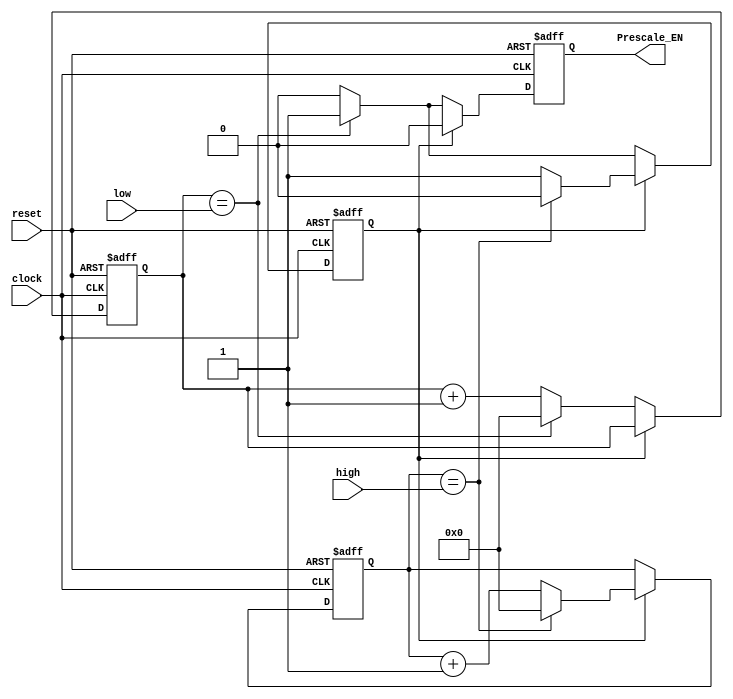
////////////////////////////////////////////////////////////////////////////////////////////////////
//
// Interessengruppe fuer Mikroelektronik und Eingebettete Systeme (IMES)
// Fachhochschule Dortmund
//
// Tool         : Mentor Graphics HDL Designer(TM) 2015.1b (Build 4)
// Description  : Der Prescaler teilt den 10 MHz Eingangstakt herunter
// Commentary   : DW 2005.06.21 Prescale Enable eingefgt 
//                DW 2005.06.26 Prescale Enable korrigiert
//
// Changelog:
// -------------------------------------------------------------------------------------------------
// Version | Author             | Date       | Changes
// -------------------------------------------------------------------------------------------------
// 0.9     | Leduc              | 20.03.2019 | created
// -------------------------------------------------------------------------------------------------
// 0.91    | Leduc              | 12.02.2020 | Added Changes done in Verilog Triplication Files
// -------------------------------------------------------------------------------------------------
//
////////////////////////////////////////////////////////////////////////////////////////////////////

//`resetall
//`timescale 1ns/10ps
//`default_nettype none

module prescale2 ( 
 input  wire       clock,
 input  wire       reset,
 input  wire [3:0] high,        // IOCPU, prescaleregister
 input  wire [3:0] low,         // IOCPU, prescaleregister
 output reg        Prescale_EN // DW 2005.06.21 Prescale Enable 
 );
 
 reg [3:0] lo_count;
 reg [3:0] hi_count;
 reg       hilo;
 // int_high, int_low entfallen, conversion entfaellt
 

 
 always @(posedge clock, negedge reset)
 begin
   if (reset == 1'b0)
    begin
      lo_count    <= 4'b0000;
      hi_count    <= 4'b0000;
      hilo        <= 1'b1;
      Prescale_EN <= 1'b0;
    end
   else
    begin
      if (hilo == 1'b1)
        begin
          Prescale_EN <= 1'b0;
          if (hi_count == high)
            begin
              hi_count <= 4'b0000;
              hilo     <= 1'b0; 
            end
          else
            hi_count <= hi_count + 1;   
          //  hilo     <= 1'b1;
        end
      else
        begin
          if (lo_count == low)
            begin
              Prescale_EN <= 1'b1;
              lo_count    <= 4'b0000;
              hilo        <= 1'b1;
            end
          else
            begin
              Prescale_EN <= 1'b0;
              lo_count    <= lo_count + 1;
//              hilo        <= 1'b0;
            end
          end
        end
    end
endmodule